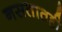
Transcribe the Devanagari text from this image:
नसतातही